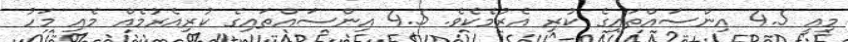
މިއީ 4.5 އިންސައްތައިގެ ކުރި އެރުމެކެވެ. 4.5 އިންސައްތައިގެ ކުރިއެރުމެއް މެއި މަހު